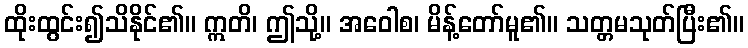
ထိုးထွင်း၍သိနိုင်၏။ ဣတိ၊ ဤသို့။ အဝေါစ၊ မိန့်တော်မူ၏။ သတ္တမသုတ်ပြီး၏။